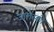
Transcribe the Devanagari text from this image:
जालेंस्की